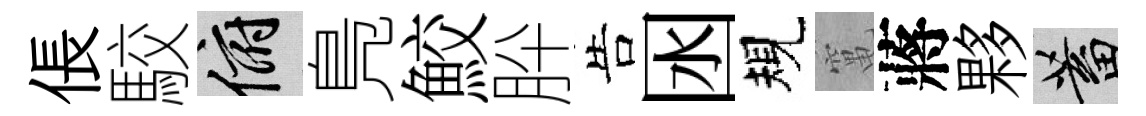
倀駮俯鳬鮫肸告囦規𥧄蔣夥蓄